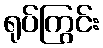
ရုပ်ကြွင်း